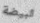
البيضة